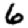
Digit: 6